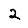
Digit: 2